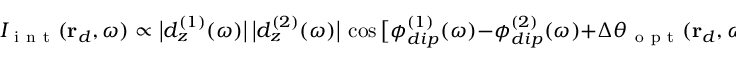
I _ { \mathrm { ~ i ~ n ~ t ~ } } ( \mathbf { r } _ { d } , \omega ) \propto \big \lvert d _ { z } ^ { ( 1 ) } ( \omega ) \big \rvert \, \big \lvert d _ { z } ^ { ( 2 ) } ( \omega ) \big \rvert \, \cos \big [ \phi _ { d i p } ^ { ( 1 ) } ( \omega ) - \phi _ { d i p } ^ { ( 2 ) } ( \omega ) + \Delta \theta _ { \mathrm { ~ o ~ p ~ t ~ } } ( \mathbf { r } _ { d } , \omega ) \big ] ,